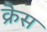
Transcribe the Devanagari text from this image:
क्रैस